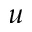
u